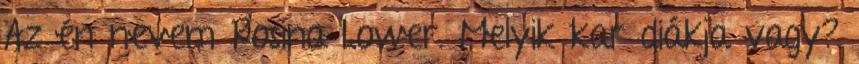
Az én nevem Rosina Lower. Melyik kar diákja vagy?